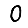
Digit: 0